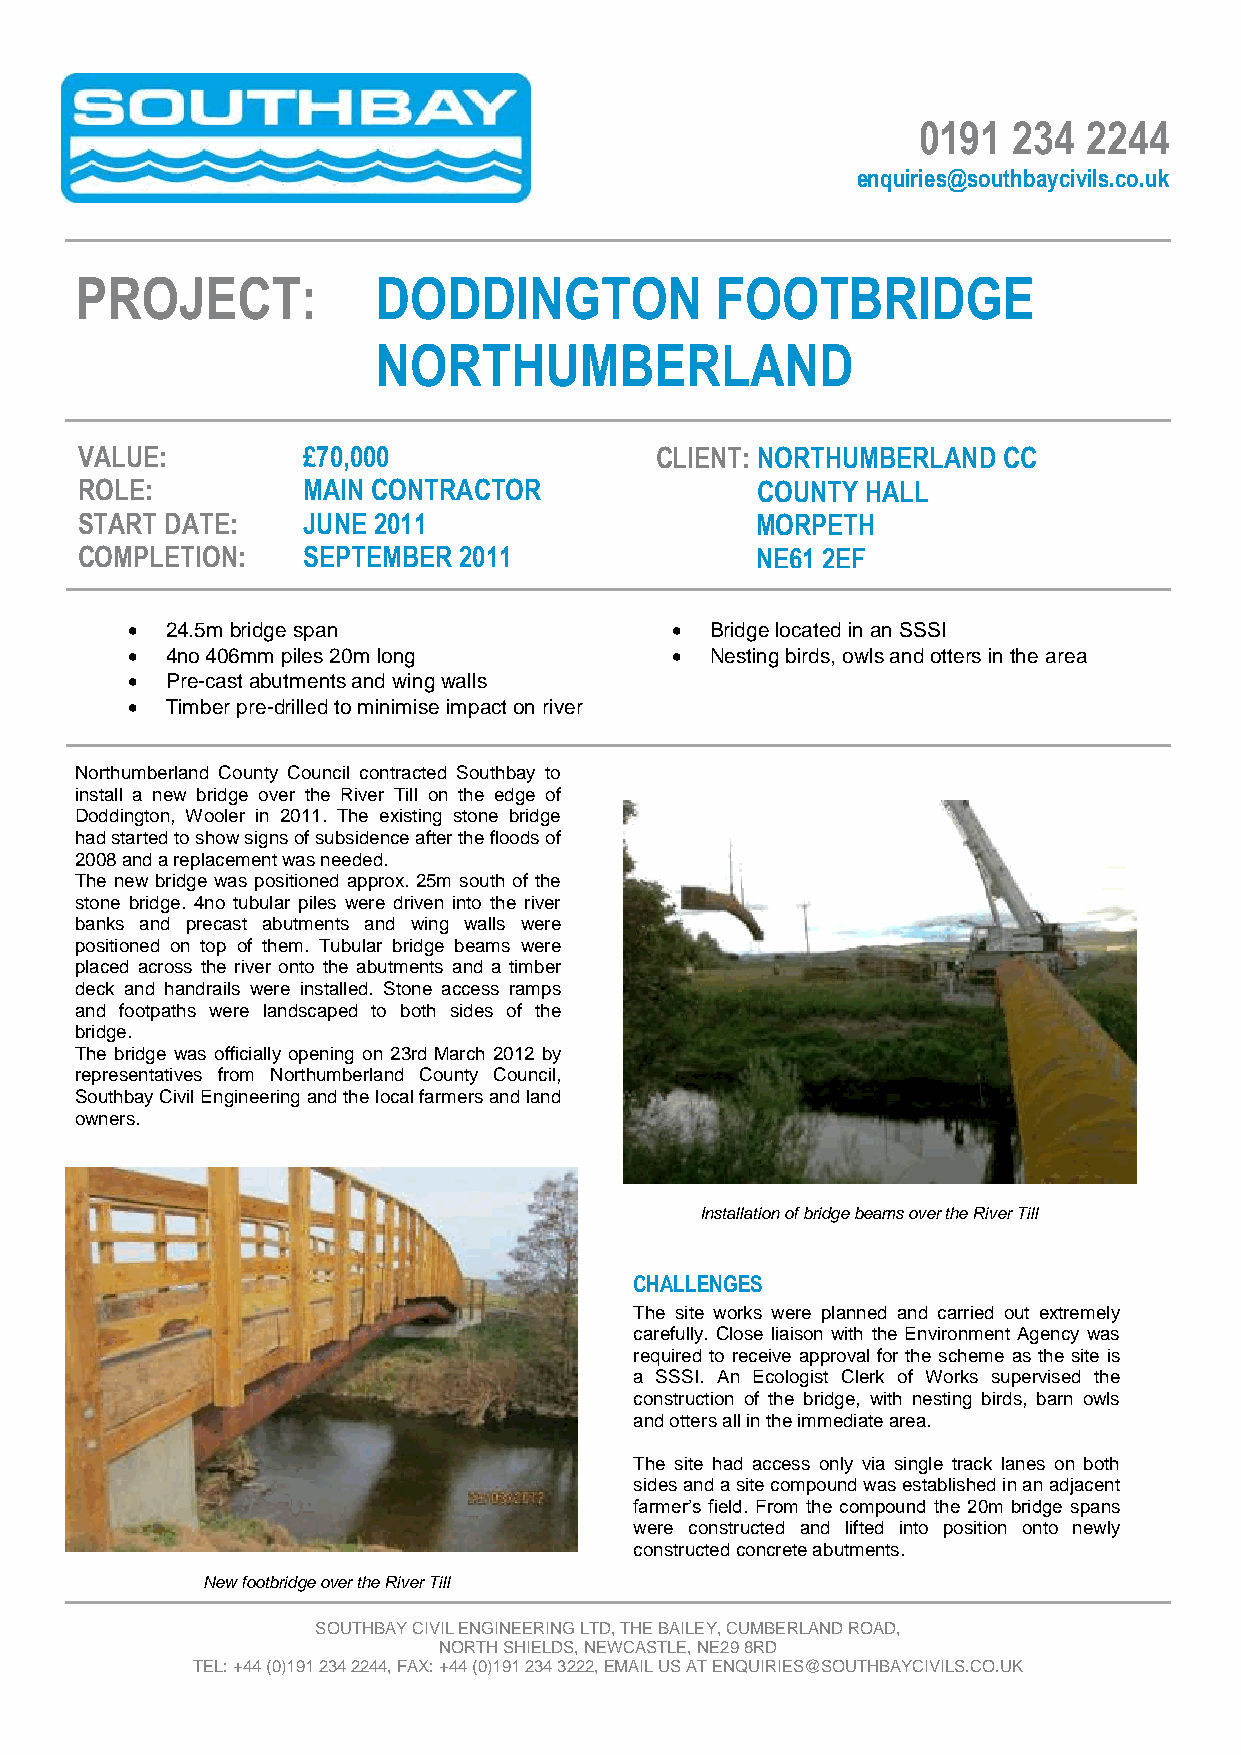
0191  234  2244
 enquiries@southbaycivils.co.uk
 PROJECT:            DODDINGTON            FOOTBRIDGE
 NORTHUMBERLAND
 VALUE:         £70,000                CLIENT: NORTHUMBERLAND CC
 ROLE:          MAIN CONTRACTOR               COUNTY HALL
 START DATE:    JUNE 2011                     MORPETH
 COMPLETION:    SEPTEMBER 2011                NE61 2EF
 •  24.5m bridge span                •  Bridge located in an SSSI
 •  4no 406mm piles 20m long         •  Nesting birds, owls and otters in the area
 •  Pre-cast abutments and wing walls
 •  Timber pre-drilled to minimise impact on river
 Northumberland County Council contracted Southbay to
 install a new bridge over the River Till on the edge of
 Doddington, Wooler in 2011. The existing stone bridge
 had started to show signs of subsidence after the floods of
 2008 and a replacement was needed.
 The new bridge was positioned approx. 25m south of the
 stone bridge. 4no tubular piles were driven into the river
 banks and precast abutments and wing walls were
 positioned on top of them. Tubular bridge beams were
 placed across the river onto the abutments and a timber
 deck and handrails were installed. Stone access ramps
 and footpaths were landscaped to both sides of the
 bridge.
 The bridge was officially opening on 23rd March 2012 by
 representatives from Northumberland County Council,
 Southbay Civil Engineering and the local farmers and land
 owners.
 Installation of bridge beams over the River Till
 CHALLENGES
 The site works were planned and carried out extremely
 carefully. Close liaison with the Environment Agency was
 required to receive approval for the scheme as the site is
 a SSSI. An Ecologist Clerk of Works supervised the
 construction of the bridge, with nesting birds, barn owls
 and otters all in the immediate area.
 The site had access only via single track lanes on both
 sides and a site compound was established in an adjacent
 farmer’s field. From the compound the 20m bridge spans
 were constructed and lifted into position onto newly
 constructed concrete abutments.
 New footbridge over the River Till
 SOUTHBAY CIVIL ENGINEERING LTD, THE BAILEY, CUMBERLAND ROAD,
 NORTH SHIELDS, NEWCASTLE, NE29 8RD
 TEL: +44 (0)191 234 2244, FAX: +44 (0)191 234 3222, EMAIL US AT ENQUIRIES@SOUTHBAYCIVILS.CO.UK